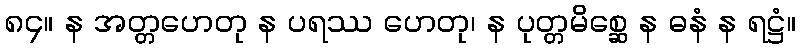
၈၄။ န အတ္တဟေတု န ပရဿ ဟေတု၊ န ပုတ္တမိစ္ဆေ န ဓနံ န ရဋ္ဌံ။